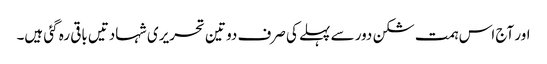
اور آج اس ہمت شکن دور سے پہلے کی صرف دو تین تحریری شہادتیں باقی رہ گئی ہیں۔